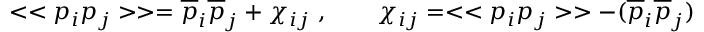
< < p _ { i } p _ { j } > > = { \overline { { p } } } _ { i } { \overline { { p } } } _ { j } + \chi _ { i j } ~ , \qquad \chi _ { i j } = < < p _ { i } p _ { j } > > - ( { \overline { { p } } } _ { i } { \overline { { p } } } _ { j } )